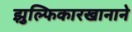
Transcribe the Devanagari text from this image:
झुल्फिकारखानाने